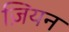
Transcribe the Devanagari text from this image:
ज़ियन